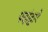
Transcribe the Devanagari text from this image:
पदांद्वारे